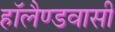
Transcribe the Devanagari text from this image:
हॉलैण्डवासी